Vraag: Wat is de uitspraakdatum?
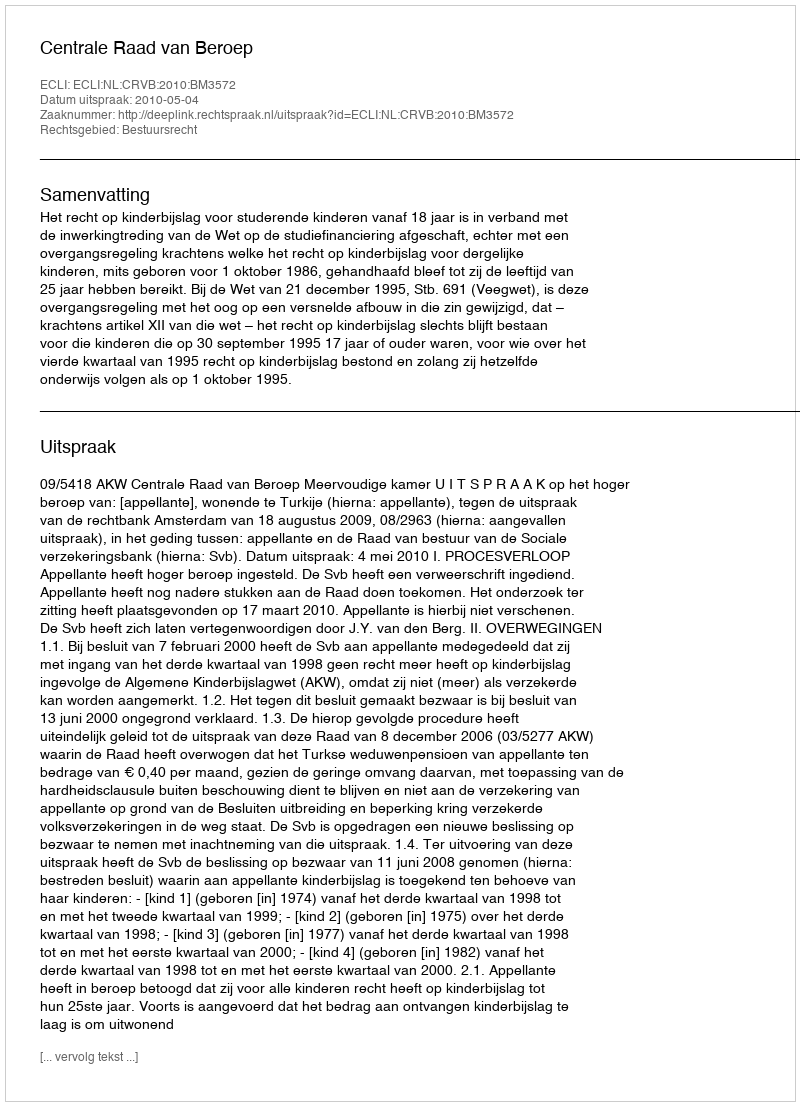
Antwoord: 2010-05-04